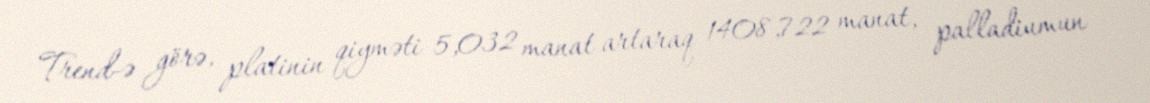
Trend-ə görə, platinin qiyməti 5,032 manat artaraq 1408,722 manat, palladiumun